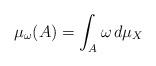
LaTeX: \begin{align*}\mu_\omega(A)=\int_A \omega\, d\mu_X\end{align*}